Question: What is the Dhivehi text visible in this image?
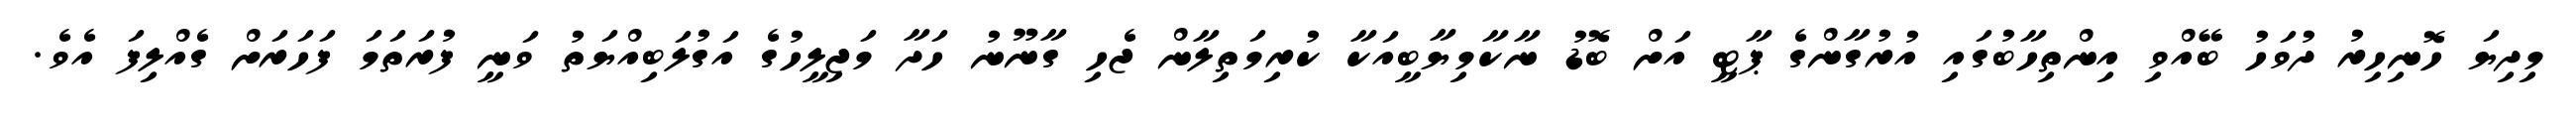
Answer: މިދިޔަ ހޮނިހިރު ދުވަހު ބޭއްވި އިންތިހާބުގައި އުރުގާންގެ ޕާޓީ އަށް ބޮޑު ނާކާމިޔާބީއަކާ ކުރިމަތިލާން ޖެހި ގާނޫނު ހަދާ މަޖިލީހުގެ އަގުލަބިއްޔަތު ވަނީ ފުރަތަމަ ފަހަރަށް ގެއްލިފަ އެވެ.